Materia medica of Madras volume I
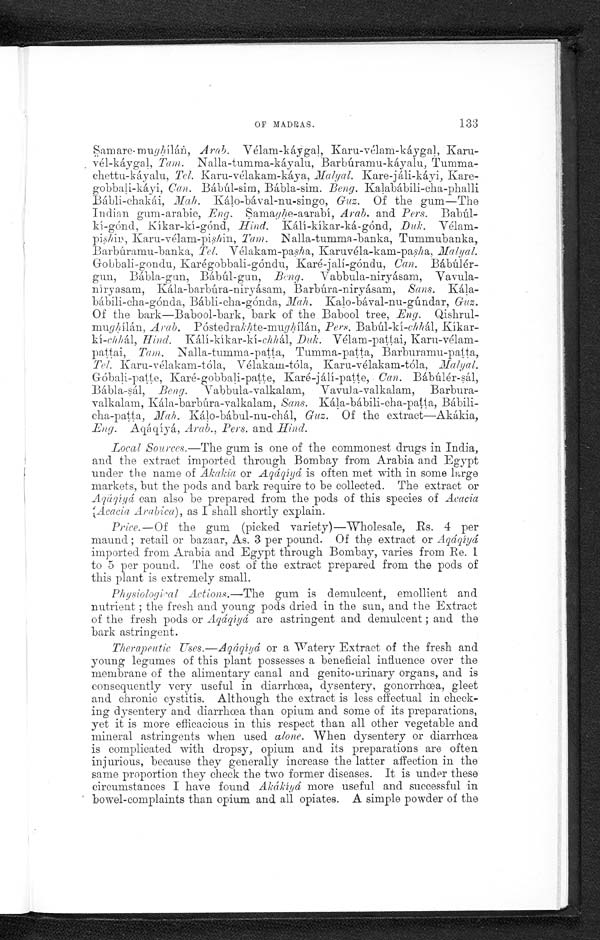
OF MADRAS.
133
Samare-mughÍlán, Arab. Vélam-káygal, Karu-vélam-káygal, Karu--
vél-káygal, Tam. Nalla-tumma-káyalu, Barbúramu-káyalu, Tumma-
chettu-káyalu, Tel. Karu-vélakam-káya,Maly al. Kare-jáli-káyi, Kare-
-gobbali-káyi, Can. Bábúl-sim, Bábla-sim. Beng. Kalabábili-cha-phalli
Bábli-chakái, Mah. Kálo-bával-nu-singo, Guz. Of the gum—The
Indian gum-arabic, Eng. Samaghe-aarabí, Arab. and Pers. Babúl--
kí-gónd, Kíkar-kí-gónd, Hind. Kálí-kikar-ká-gónd, .Duk. Vélam-
-pish in, Karu-véam-pishin, Tam. Nalla-tumma-banka, Tummubanka,
Barbúramu-banka, Tel. Vélakam-pasha, Karuvéla-kam-pasha, M a 1 y a l .
Gobbali-gondu, Karégobbali-góndu, Karé-jali-góndu, Can. Bábúlér-
gun, Bábla-gun, Babúl-gun, _Beng. Vabbula-niryásam, Vavula-
n - n í r y a s a m , K á l a - b a r b ú r a - n i r y á s a m , B a r b ú r a - n i r y á s a m , S a n s .
Kála--
bábili-cha-gónda, Bábli-cha-gónda, Mah. Kalo-bával-nu-gúndar, Guz.
Of the bark—Babool-bark, bark of the Babool tree, _Eng. Qishrul--
mughílán, Arab. Póstedrakhte-mughílán, Pers. Babúl-kí-chhál , Kíkar--
kí-chhál, Hind. Kálí-kíkar-kí-chhál, _Duk. Vélam-pattai, Karu-vélam--
pattai, Tam. Nalla-tumma-patta, Tumma-patta, Barburamu-patta,
Karu-vélakam-tóla, Vélakam-tóla, Karu-vélakam-tóla,
Góbali-patte, Baré-gobbali-patte, Karé-jálí-patte, Can. Bábúlér-sál,
Bábla-sál, Beng. Vabbula-valkalam, Vavula-valkalam, Barbura-
-valkalam, Kála-barbúra-valkalam, Sans . Kála-bábili-clt-patta, Bábili--
cha-patta, Mah . Kálo-bábul-nu-chál, Guz. Of the extract—Akákia,
Eng . Aqáqíyá, Arab ., Pers . and Hind.
Local Sources.—The gum is one of the commonest drugs in India,
and the extract imported through Bombay from Arabia and Egypt
under the name of Akakia or Aqáqíyá is often met with in some l a rge
markets, but the pods and bark require to be collected. The extract or
Aqáqí yá can also be prepared from the pods of this species of Acacia
(Acacia Arabica), as I shall shortly explain.
Price.—Of the gum (picked variety)—Wholesale, Rs. 4 per
maund ; retail or bazaar, As. 3 per pound. Of the extract or A q á q í y á
imported from Arabia and Egypt through Bombay, varies from Re. 1
to 5 per pound. The cost of the extract prepared from the pods of
this plant is extremely small.
Physiologioal Actions.—The gum is demulcent, emollient and
nutrient ; the fresh and young pods dried in the sun, and the Extract
of the fresh pods or Aqáqíyá are astringent and demulcent ; and the
bark astringent.
Therapeutic Uses.—Aqáqíyá or a Watery Extract of the fresh and
young legumes of this plant possesses a beneficial influence over the
membrane of the alimentary canal and genito-urinary organs, and is
consequently very useful in diarrhœa, dysentery, gonorrhœa, gleet
and chronic cystitis—Although the extract is less effectual in check
-ing dysentery and diarrhœa than opium and some of its preparations,
yet it is more efficacious in this respect than all other vegetable and
mineral astringents when used alone. When dysentery or diarrhœa
is complicated with dropsy, opium and its preparations are often
injurious, because they generally increase the latter affection in the
same proportion they check the two former diseases. It is under these
circumstances I have found Akákíyá more useful and successful in
bowel-complaints than opium and all opiates. A simple powder of the